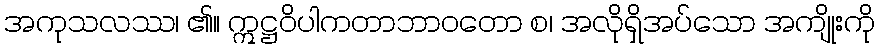
အကုသလဿ၊ ၏။ ဣဋ္ဌဝိပါကတာဘာဝတော စ၊ အလိုရှိအပ်သော အကျိုးကို